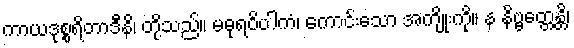
ကာယဒုစ္စရိတာဒီနိ၊ တို့သည်။ မဓုရဝိပါကံ၊ ကောင်းသော အကျိုးကို။ န နိဗ္ဗတ္တေန္တိ၊